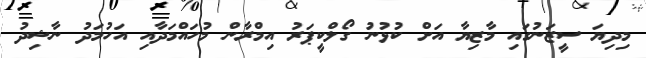
މިދިޔަ ސީޒަނުގައި މާޒިޔާ އަށް ކުޅުނު ގޯލްކީޕަރު އިމްރާން މުހައްމަދާއި އަހުމަދު ނާޝިދު